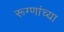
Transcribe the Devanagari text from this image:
रूग्णांच्या